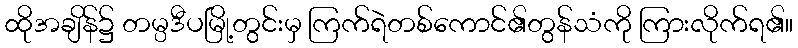
ထိုအချိန်၌ တမ္ပဒီပမြို့တွင်းမှ ကြက်ရဲတစ်ကောင်၏တွန်သံကို ကြားလိုက်ရ၏။